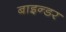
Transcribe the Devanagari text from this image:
बाइन्डर